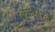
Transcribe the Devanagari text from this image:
कच्छाओं